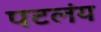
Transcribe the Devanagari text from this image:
पटलंय